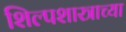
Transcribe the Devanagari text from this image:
शिल्पशास्त्राच्या